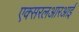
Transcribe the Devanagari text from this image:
एक्सरलआरआर्इ